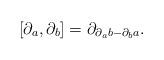
LaTeX: \begin{align*}[\partial_a,\partial_b]=\partial_{\partial_ab-\partial_ba}.\end{align*}